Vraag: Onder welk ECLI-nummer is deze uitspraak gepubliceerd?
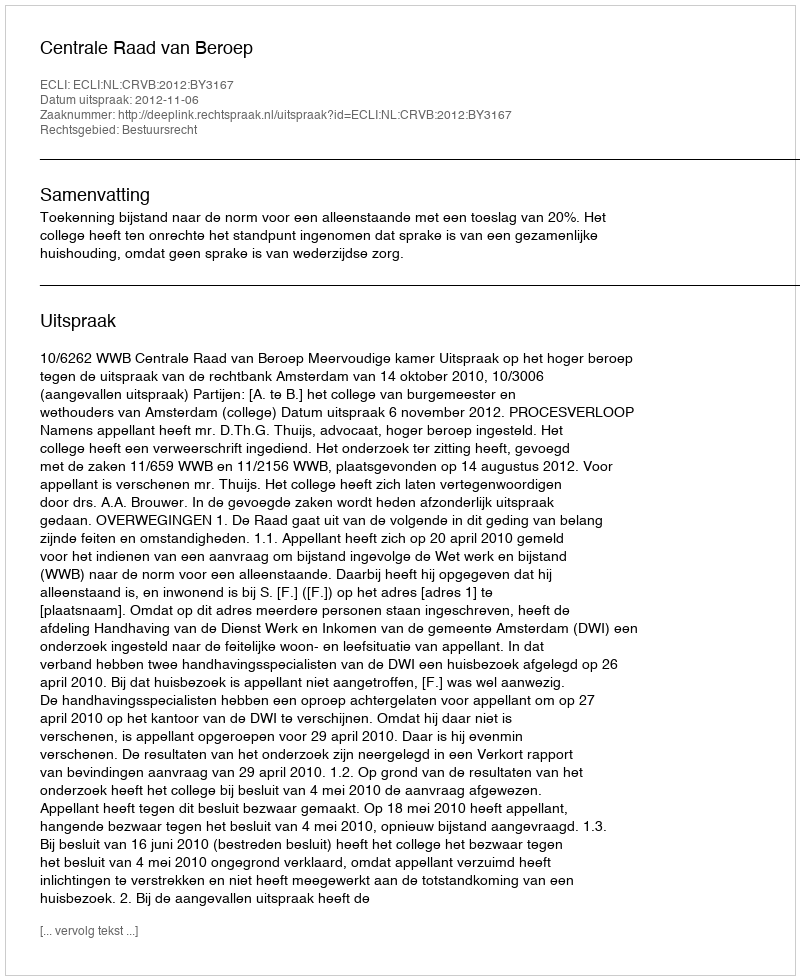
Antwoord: ECLI:NL:CRVB:2012:BY3167